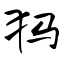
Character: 犸